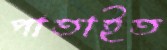
পাতাইত